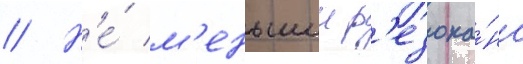
// Н'е́ м'еньшии р'езона́нс